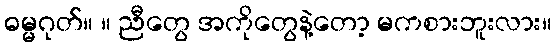
ဓမ္မဂုတ်။ ။ ညီတွေ အကိုတွေနဲ့တော့ မကစားဘူးလား။